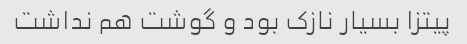
پیتزا بسیار نازک بود و گوشت هم نداشت